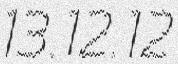
13.12.12